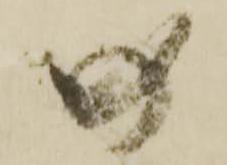
の